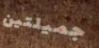
جميلتين